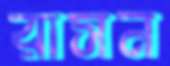
রাসন